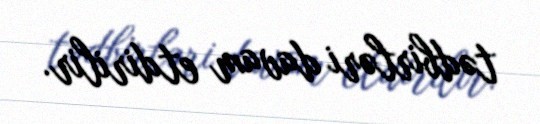
tədbirləri davam etdirilir.